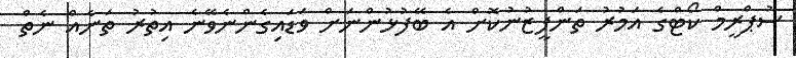
ސުޕްރީމް ކޯޓްގެ އަމުރު ތަންފީޒުނުކޮށް އެ ބޭފުޅުންނަށް ވަޑައިގެންނެވޭނެ އިތުރު ތަނެއް ނެތް